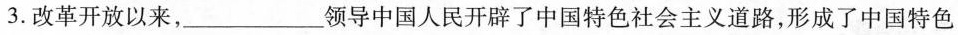
3.改革开放以来，___领导中国人民开辟了中国特色社会主义道路，形成了中国特色